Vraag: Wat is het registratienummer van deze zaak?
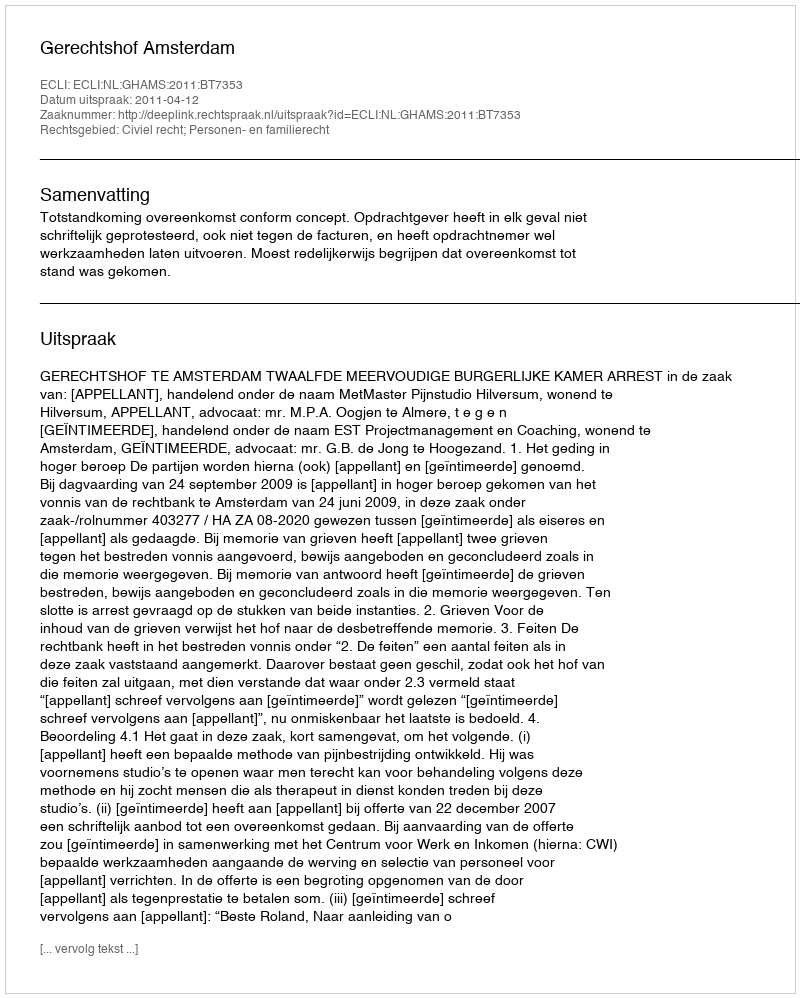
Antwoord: http://deeplink.rechtspraak.nl/uitspraak?id=ECLI:NL:GHAMS:2011:BT7353